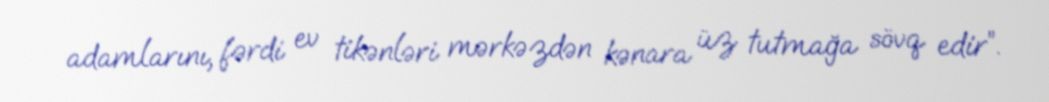
adamlarını, fərdi ev tikənləri mərkəzdən kənara üz tutmağa sövq edir”.